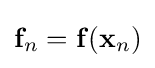
\mathbf {f} _{n}=\mathbf {f} (\mathbf {x} _{n})